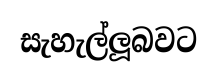
සැහැල්ලූබවට